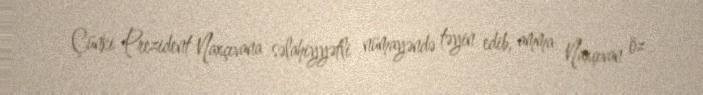
Çünki Prezident Naxçıvana səlahiyyətli nümayəndə təyin edib, amma Naxçıvan öz